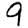
Digit: 9